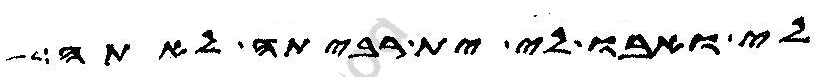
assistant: לי ואבו לי ית רביתה לאתה